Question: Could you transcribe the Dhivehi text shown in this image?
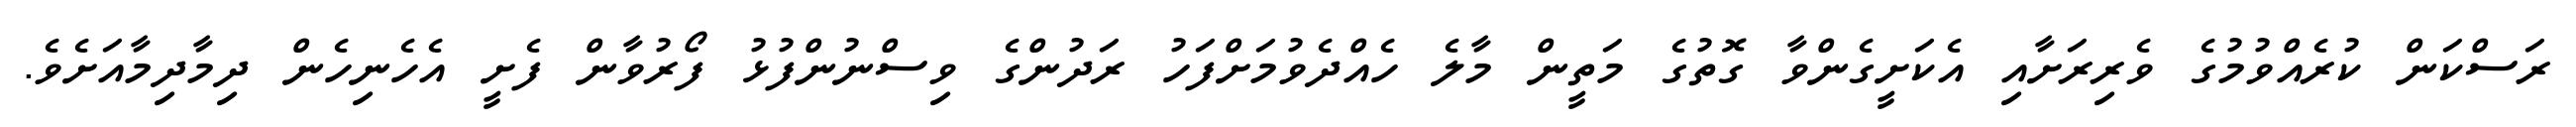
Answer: ރަސްކަން ކުރެއްވުމުގެ ވެރިރަށާއި އެކަށީގެންވާ ގޮތުގެ މަތީން މާލެ ހެއްދެވުމަށްފަހު ރަދުންގެ ވިސްނުންފުޅު ފޯރުވާން ފެށީ އެހެނިހެން ދިމާދިމާއަށެވެ.